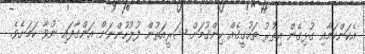
އެކަންކަމާއި ގުޅިގެން އިތުރު ތަހުގީގެއް ހިންގުމަށް ޝަރީއަތުން ފުލުހުންނަށް އަންގާފައި ނުވާ ކަމަށެވެ.